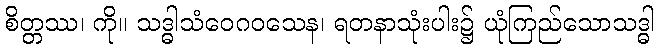
စိတ္တဿ၊ ကို။ သဒ္ဓါသံဝေဂဝသေန၊ ရတနာသုံးပါး၌ ယုံကြည်သောသဒ္ဓါ